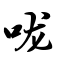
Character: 咙